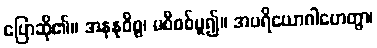
ပြောဆို၏။ အနနုဝိစ္စ၊ မစီစစ်မူ၍။ အပရိယောဂါဟေတွာ၊